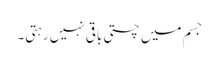
جسم میں چستی باقی نہیں رہتی۔